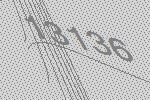
13136